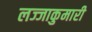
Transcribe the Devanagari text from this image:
लज्जाकुमारी